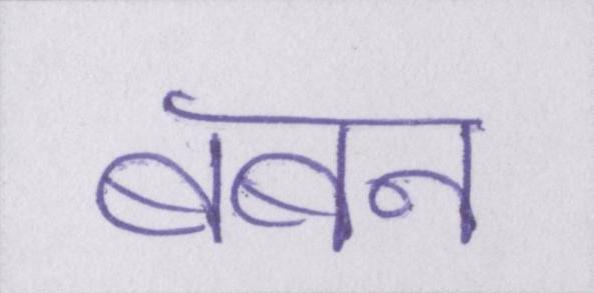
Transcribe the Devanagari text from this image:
बबन